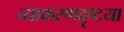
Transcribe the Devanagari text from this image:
व्याकरणदृष्टया